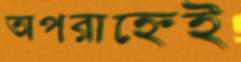
অপরাহ্নেই